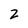
Character: 2